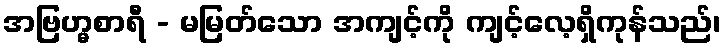
အဗြဟ္မစာရီ - မမြတ်သော အကျင့်ကို ကျင့်လေ့ရှိကုန်သည်၊